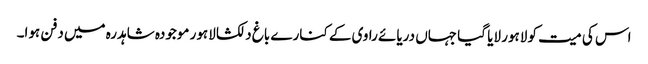
اس کی میت کو لاہور لایا گیا جہاں دریائے راوی کے کنارے باغ دلکشا لاہور موجودہ شاہدرہ میں دفن ہوا۔